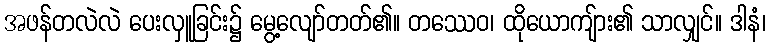
အဖန်တလဲလဲ ပေးလှူခြင်း၌ မွေ့လျော်တတ်၏။ တဿေဝ၊ ထိုယောကျ်ား၏ သာလျှင်။ ဒါနံ၊